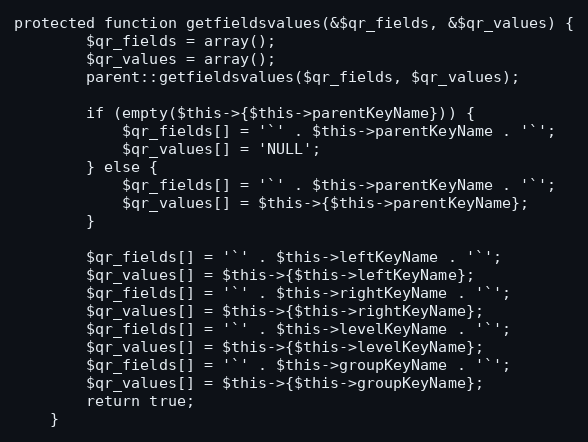
Language: PHP
protected function getfieldsvalues(&$qr_fields, &$qr_values) {
		$qr_fields = array();
		$qr_values = array();
		parent::getfieldsvalues($qr_fields, $qr_values);

		if (empty($this->{$this->parentKeyName})) {
			$qr_fields[] = '`' . $this->parentKeyName . '`';
			$qr_values[] = 'NULL';
		} else {
			$qr_fields[] = '`' . $this->parentKeyName . '`';
			$qr_values[] = $this->{$this->parentKeyName};
		}

		$qr_fields[] = '`' . $this->leftKeyName . '`';
		$qr_values[] = $this->{$this->leftKeyName};
		$qr_fields[] = '`' . $this->rightKeyName . '`';
		$qr_values[] = $this->{$this->rightKeyName};
		$qr_fields[] = '`' . $this->levelKeyName . '`';
		$qr_values[] = $this->{$this->levelKeyName};
		$qr_fields[] = '`' . $this->groupKeyName . '`';
		$qr_values[] = $this->{$this->groupKeyName};
		return true;
	}